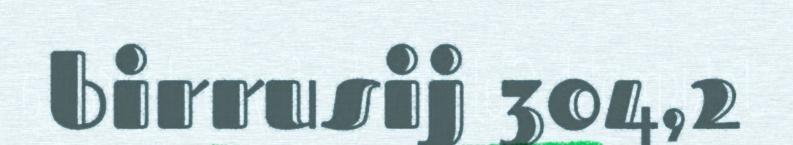
birrusij 304,2